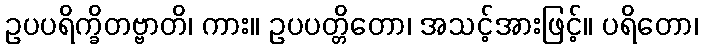
ဥပပရိက္ခိတဗ္ဗာတိ၊ ကား။ ဥပပတ္တိတော၊ အသင့်အားဖြင့်။ ပရိတော၊